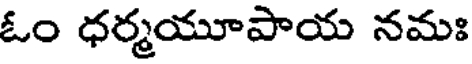
ఓం ధర్మయూపాయ నమః